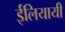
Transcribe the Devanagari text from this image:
ईलियायी